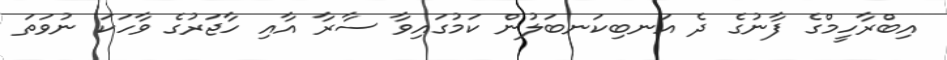
އިބްރާހީމްގެ ފާނުގެ ދެ އަނބިކަނބަލުން ކަމުގައިވާ ސާރާ އާއި ހާޖަރުގެ ވާހަކަ ނުވަތަ